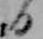
日